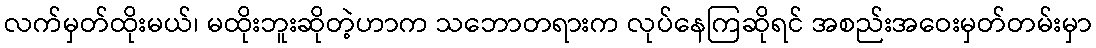
လက်မှတ်ထိုးမယ်၊ မထိုးဘူးဆိုတဲ့ဟာက သဘောတရားက လုပ်နေကြဆိုရင် အစည်းအဝေးမှတ်တမ်းမှာ